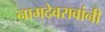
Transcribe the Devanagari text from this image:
नामदेवरावांनी